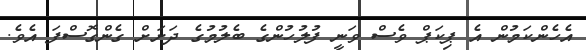
އެހެންކަމުން އެ ޕިކަޕް ވެސް ވަނީ ފުލުހުންގެ ބެލުމުގެ ދަށަށް ގެންގޮސްފަ އެވެ.